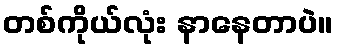
တစ်ကိုယ်လုံး နာနေတာပဲ။